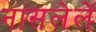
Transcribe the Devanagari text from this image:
नासलेलें